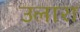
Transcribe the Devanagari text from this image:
उलारा